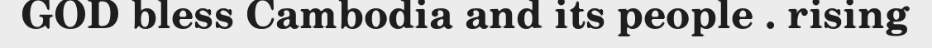
GOD bless Cambodia and its people . rising